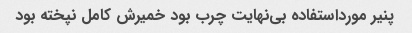
پنیر مورداستفاده بی‌نهایت چرب بود خمیرش کامل نپخته بود